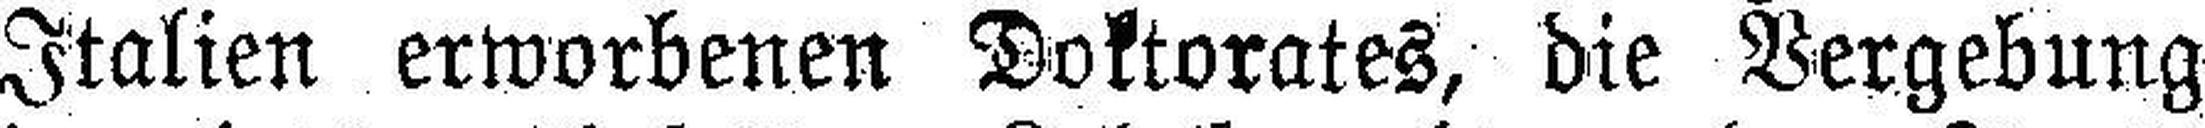
Italien erworbenen Doktorates, die Vergebung